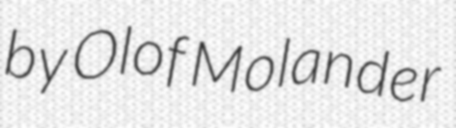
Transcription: by Olof Molander